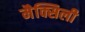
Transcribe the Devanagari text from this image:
मैक्सिली